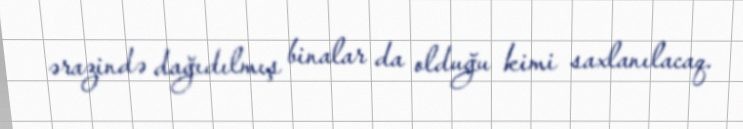
ərazində dağıdılmış binalar da olduğu kimi saxlanılacaq.